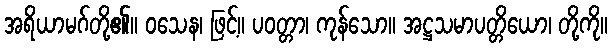
အရိယာမဂ်တို့၏။ ဝသေန၊ ဖြင့်။ ပဝတ္တာ၊ ကုန်သော။ အဋ္ဌသမာပတ္တိယော၊ တို့ကို။